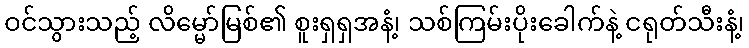
ဝင်သွားသည့် လိမ္မော်မြစ်၏ စူးရှရှအနံ့၊ သစ်ကြမ်းပိုးခေါက်နဲ့ ငရုတ်သီးနံ့၊